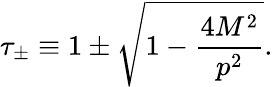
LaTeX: \tau_{\pm}\equiv 1\pm\sqrt{1-{\frac{4M^{2}}{p^{2}}}}.